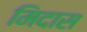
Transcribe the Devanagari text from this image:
मिदास